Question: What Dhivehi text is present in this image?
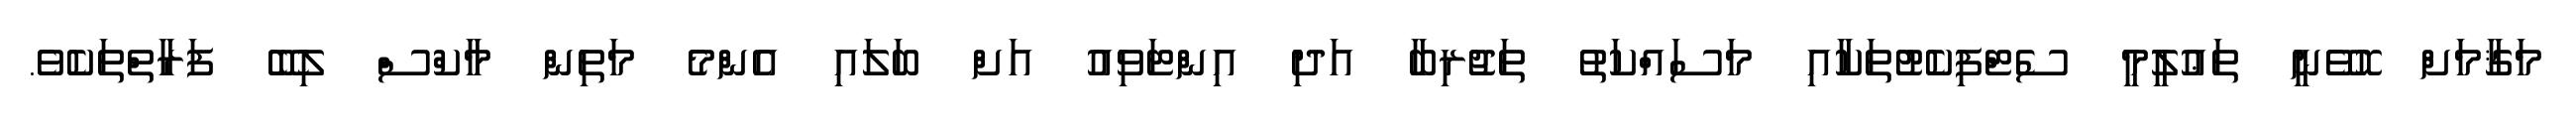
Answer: މަޤާމަށް ހޮވޭނީ ތަޢުލީމީ ސެޓްފިކެޓުތަކާއި މަސައްކަތު ތަޖުރިބާ އަދި އިންޓަވިއު އަށް ބަލައި އެންމެ މަތިން މާކްސް ލިބޭ ފަރާތްތަކެވެ.